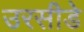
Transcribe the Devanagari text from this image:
उरसीडे